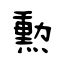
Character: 勲